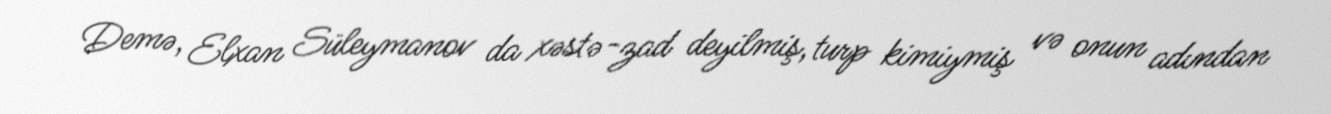
Demə, Elxan Süleymanov da xəstə-zad deyilmiş, turp kimiymiş və onun adından